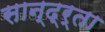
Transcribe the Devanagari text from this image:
सान्द्र्ता